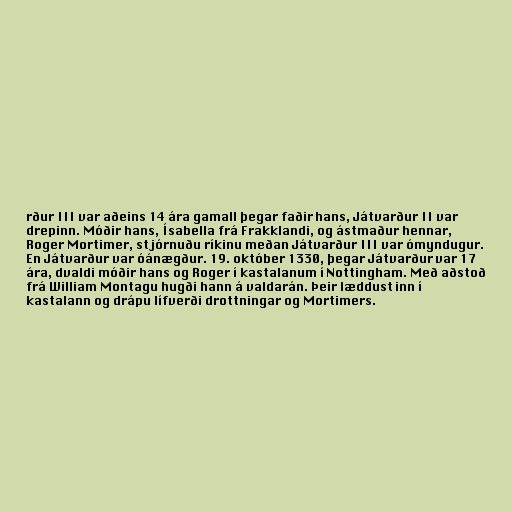
rður III var aðeins 14 ára gamall þegar faðir hans, Játvarður II var
drepinn. Móðir hans, Ísabella frá Frakklandi, og ástmaður hennar,
Roger Mortimer, stjórnuðu ríkinu meðan Játvarður III var ómyndugur.
En Játvarður var óánægður. 19. október 1330, þegar Játvarður var 17
ára, dvaldi móðir hans og Roger í kastalanum í Nottingham. Með aðstoð
frá William Montagu hugði hann á valdarán. Þeir læddust inn í
kastalann og drápu lífverði drottningar og Mortimers.